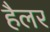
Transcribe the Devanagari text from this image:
हैलर